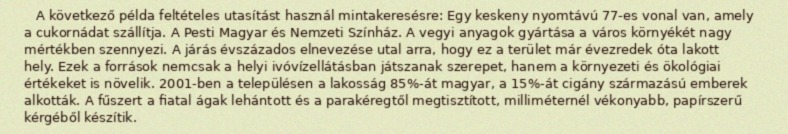
A következő példa feltételes utasítást használ mintakeresésre: Egy keskeny nyomtávú 77-es vonal van, amely a cukornádat szállítja. A Pesti Magyar és Nemzeti Színház. A vegyi anyagok gyártása a város környékét nagy mértékben szennyezi. A járás évszázados elnevezése utal arra, hogy ez a terület már évezredek óta lakott hely. Ezek a források nemcsak a helyi ivóvízellátásban játszanak szerepet, hanem a környezeti és ökológiai értékeket is növelik. 2001-ben a településen a lakosság 85%-át magyar, a 15%-át cigány származású emberek alkották. A fűszert a fiatal ágak lehántott és a parakéregtől megtisztított, milliméternél vékonyabb, papírszerű kérgéből készítik.